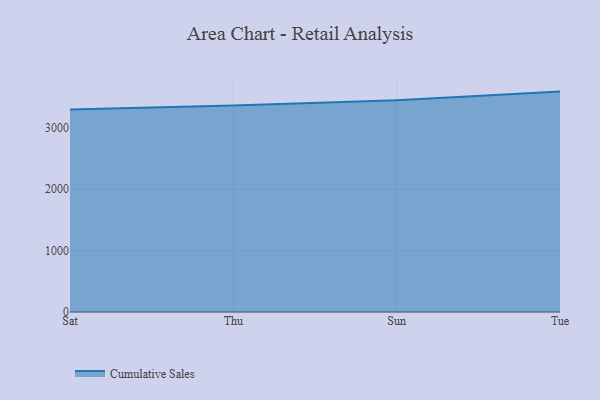
{"axis": {"x": "Day", "y": "Waste Production (Tons)"}, "legend": ["Cumulative Sales"], "data": [{"x": "Sat", "y": 3302.4, "type": "Cumulative Sales"}, {"x": "Thu", "y": 3365.8, "type": "Cumulative Sales"}, {"x": "Sun", "y": 3449.6, "type": "Cumulative Sales"}, {"x": "Tue", "y": 3592.1, "type": "Cumulative Sales"}]}